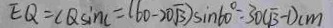
E Q = C Q \sin C = ( 6 0 - 2 0 \sqrt { 3 } ) \sin 6 0 ^ { \circ } = 3 0 ( \sqrt { 3 } - 1 ) c m